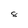
Character: 8